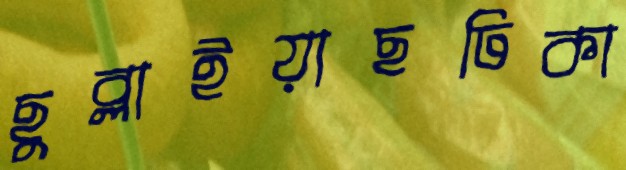
ছুব্‌লাইয়াছঢিকা